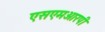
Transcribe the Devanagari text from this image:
एसएमआरपी